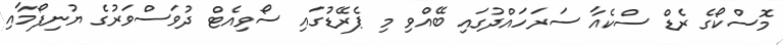
މޮސްކޯގެ ރެޑް ސްކެއާ ސަރަހައްދުގައި ބޭއްވި މި ޕެރޭޑުގައި ސޯވިއެޓް ދުވަސްވަރުގެ ޔުނިފޯމާއި